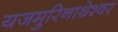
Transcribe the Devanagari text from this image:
यजमुरिनाथेश्‍वर